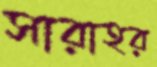
সারাহর